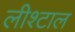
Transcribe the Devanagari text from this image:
लीश्टाल